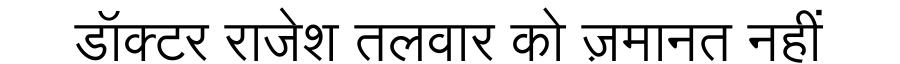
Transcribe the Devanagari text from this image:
डॉक्टर राजेश तलवार को ज़मानत नहीं